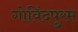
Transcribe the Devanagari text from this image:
गोविंदपुरम